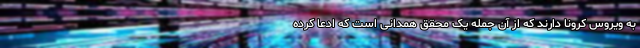
به ویروس کرونا دارند که از آن جمله یک محقق همدانی است که ادعا کرده